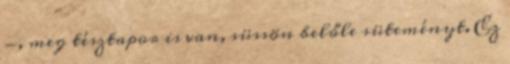
-, meg tésztapor is van, süssön belőle süteményt. Ez